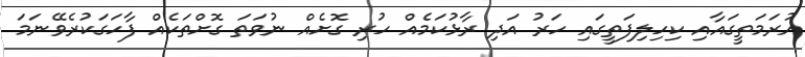
އުރަމަތީގައާއި ކިހިލިފަތީގައި ހަރު އަދި ރާޅުކަމެއް ހުރި ގޮށެއް ނުވަތަ ގޮށްތަކެއް ފާހަގަކުރެވޭނަމަ